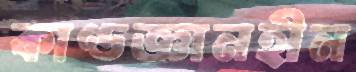
কাণ্ডজ্ঞানহীন